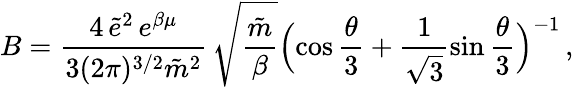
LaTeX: B=\frac{4\, \tilde{e}^{2}\, e^{\beta\mu}}{3(2\pi)^{3/2}\tilde{m}^{2}}\, \sqrt{\frac{\tilde{m}}{\beta}}\Bigl(\cos\frac{\theta}{3}+\frac{1}{\sqrt{3}}\sin\frac{\theta}{3}\Bigr)^{-1}\, ,